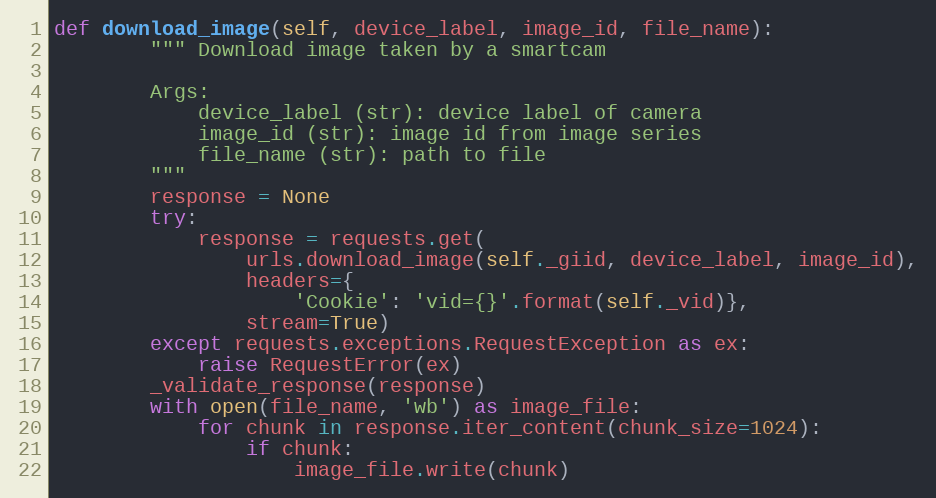
Language: Python
def download_image(self, device_label, image_id, file_name):
        """ Download image taken by a smartcam

        Args:
            device_label (str): device label of camera
            image_id (str): image id from image series
            file_name (str): path to file
        """
        response = None
        try:
            response = requests.get(
                urls.download_image(self._giid, device_label, image_id),
                headers={
                    'Cookie': 'vid={}'.format(self._vid)},
                stream=True)
        except requests.exceptions.RequestException as ex:
            raise RequestError(ex)
        _validate_response(response)
        with open(file_name, 'wb') as image_file:
            for chunk in response.iter_content(chunk_size=1024):
                if chunk:
                    image_file.write(chunk)